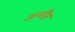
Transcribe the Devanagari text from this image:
अथीर